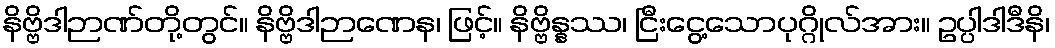
နိဗ္ဗိဒါဉာဏ်တို့တွင်။ နိဗ္ဗိဒါဉာဏေန၊ ဖြင့်။ နိဗ္ဗိန္နဿ၊ ငြီးငွေ့သောပုဂ္ဂိုလ်အား။ ဥပ္ပါဒါဒီနိ၊